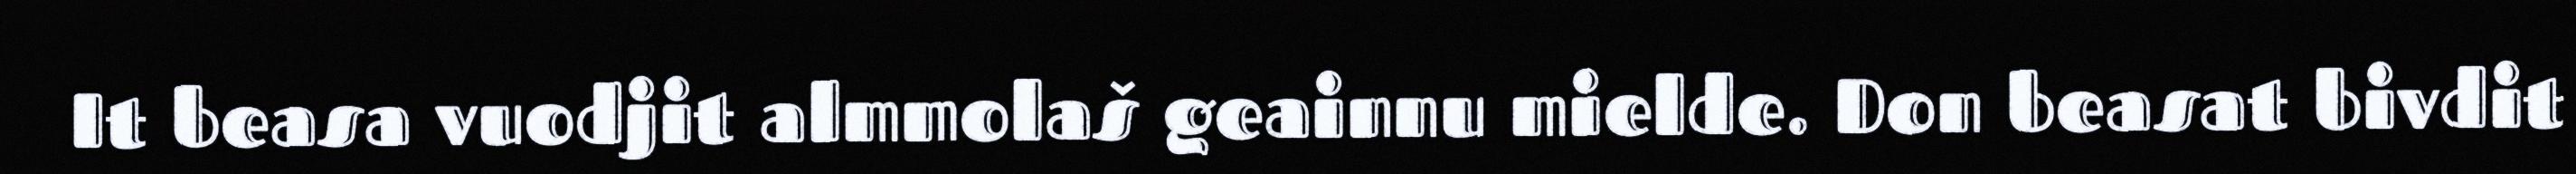
It beasa vuodjit almmolaš geainnu mielde. Don beasat bivdit